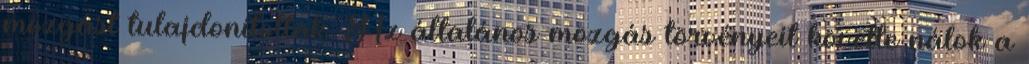
mozgást tulajdonítottak. Az általános mozgás törvényeit követte nálok a